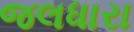
જલધારા